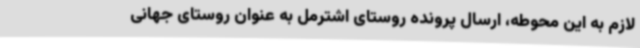
لازم به این محوطه، ارسال پرونده روستای اشترمل به عنوان روستای جهانی